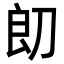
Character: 㓪